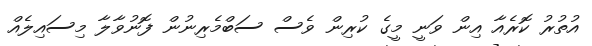
އުތުރު ކޮރެއާ އިން ވަނީ މީގެ ކުރިން ވެސް ސަބްމެރިނުން ފޮނުވާލާ މިސައިލެއް